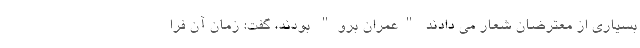
بسیاری از معترضان شعار می دادند "عمران برو" بودند، گفت: زمان آن فرا